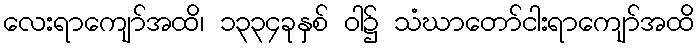
လေးရာကျော်အထိ၊ ၁၃၃၄ခုနှစ် ဝါ၌ သံဃာတော်ငါးရာကျော်အထိ